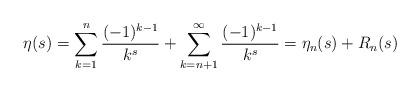
LaTeX: \begin{align*} \eta(s)=\sum_{k=1}^n \frac{(-1)^{k-1}}{k^s}+\sum_{k=n+1}^\infty \frac{(-1)^{k-1}}{k^s}=\eta_{n}(s)+R_{n}(s)\end{align*}